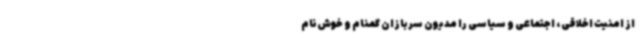
از امنیت اخلاقی، اجتماعی و سیاسی را مدیون سربازان گمنام و خوش‌نام